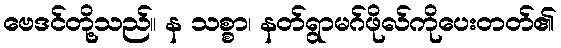
ဗေဒင်တို့သည်။ န သစ္စာ၊ နတ်ရွာမဂ်ဖိုလ်ကိုပေးတတ်၏